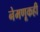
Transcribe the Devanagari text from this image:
नेमणूकही